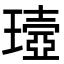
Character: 𤩖